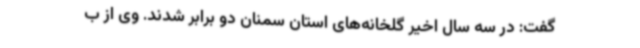
گفت: در سه سال اخیر گلخانه‌های استان سمنان دو برابر شدند. وی از ب